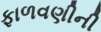
ફાળવણીની